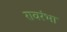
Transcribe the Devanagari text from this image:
रावरंभा